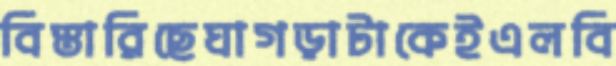
বিস্তারিছেঘাগড়াটাকেইএলবি